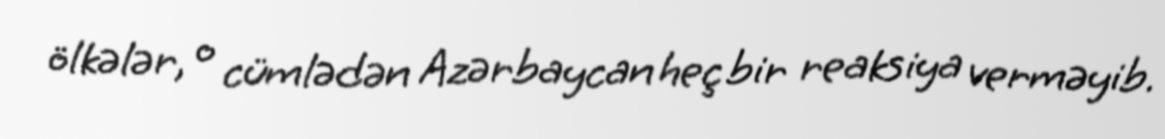
ölkələr, o cümlədən Azərbaycan heç bir reaksiya verməyib.